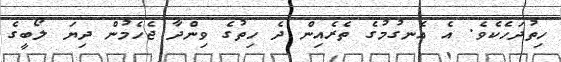
ހިތުދަހެކެވެ. އެ އެނގުމުގެ ތެރެއިން ދެ ހިތުގެ ވިންދާ ޖެހެމުން ދިޔަ ލޯބީގެ